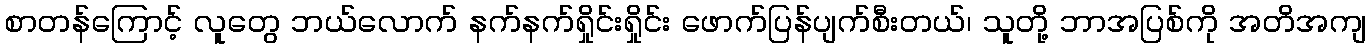
စာတန်ကြောင့် လူတွေ ဘယ်လောက် နက်နက်ရှိုင်းရှိုင်း ဖောက်ပြန်ပျက်စီးတယ်၊ သူတို့ ဘာအပြစ်ကို အတိအကျ